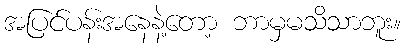
အပြင်ပန်းအနေနဲ့တော့ ဘာမှမသိသာဘူး။